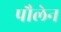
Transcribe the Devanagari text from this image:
पौलेन